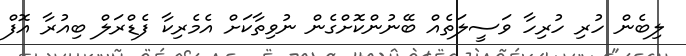
ލިބެން ހުރި ހުރިހާ ވަސީލަތެއް ބޭނުންކޮށްގެން ނުވިތާކަށް އެމެރިކާ ފެޑްރަލް ބިއުރާ އޮފް